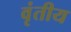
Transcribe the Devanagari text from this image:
वृंतीय